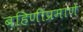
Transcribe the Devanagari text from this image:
बहिणीप्रमाणे